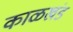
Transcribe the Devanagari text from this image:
काळखंड